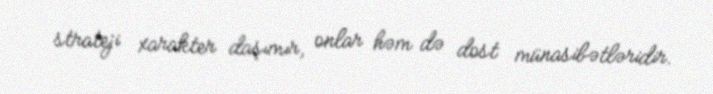
strateji xarakter daşımır, onlar həm də dost münasibətləridir.